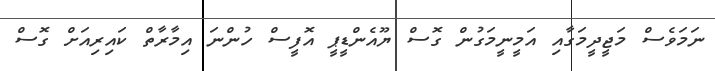
ނަމަވެސް މަޖީދީމަގާއި އަމީނީމަގުން ގޮސް ޔޫއެންޑީޕީ އޮފީސް ހުންނަ އިމާރާތް ކައިރިއަށް ގޮސް